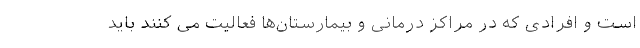
است و افرادی که در مراکز درمانی و بیمارستان‌ها فعالیت می کنند باید